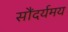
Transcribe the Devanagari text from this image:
सौंदर्यमय